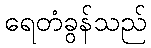
ရေတံခွန်သည်